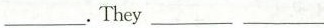
___.They___ ___